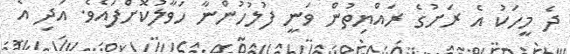
ދެ މީހަކު އެ ރަށުގެ ރައްޔިތުން ވަނީ ފުލުހުންނާ ހަވާލުކޮށްފައެވެ. އަދި އެ